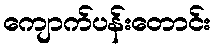
ကျောက်ပန်းတောင်း